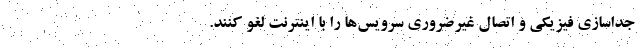
جداسازی فیزیکی و اتصال غیرضروری سرویس‌ها را با اینترنت لغو کنند.